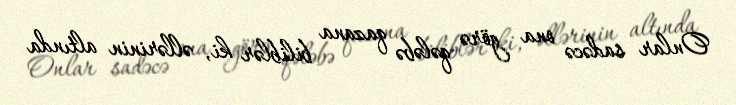
Onlar sadəcə ona görə qələbə qazana biliblər ki, əllərinin altında